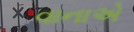
વાનાએ